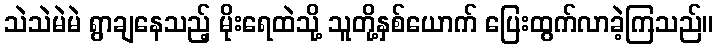
သဲသဲမဲမဲ ရွာချနေသည့် မိုးရေထဲသို့ သူတို့နှစ်ယောက် ပြေးထွက်လာခဲ့ကြသည်။